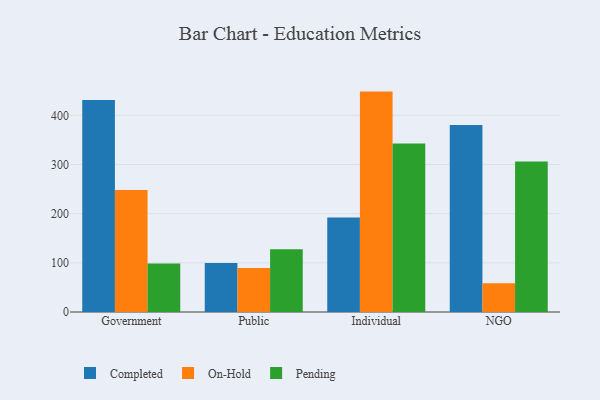
{"axis": {"x": "Segment", "y": "Temperature (°C)"}, "legend": ["Completed", "On-Hold", "Pending"], "data": [{"x": "Government", "y": 431.0, "type": "Completed"}, {"x": "Government", "y": 247.9, "type": "On-Hold"}, {"x": "Government", "y": 98.6, "type": "Pending"}, {"x": "Public", "y": 99.7, "type": "Completed"}, {"x": "Public", "y": 89.3, "type": "On-Hold"}, {"x": "Public", "y": 127.7, "type": "Pending"}, {"x": "Individual", "y": 192.2, "type": "Completed"}, {"x": "Individual", "y": 448.2, "type": "On-Hold"}, {"x": "Individual", "y": 342.5, "type": "Pending"}, {"x": "NGO", "y": 380.1, "type": "Completed"}, {"x": "NGO", "y": 58.7, "type": "On-Hold"}, {"x": "NGO", "y": 306.0, "type": "Pending"}]}